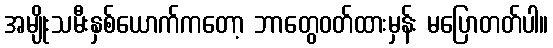
အမျိုးသမီးနှစ်ယောက်ကတော့ ဘာတွေဝတ်ထားမှန်း မပြောတတ်ပါ။